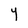
Character: Y